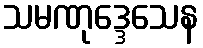
သမဏုဒ္ဒေသေန